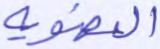
العضوية